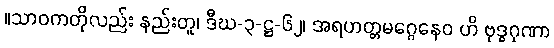
။သာဝကတိုလည်း နည်းတူ၊ ဒီဃ-၃-ဋ္ဌ-၆၂၊ အရဟတ္တမဂ္ဂေနေဝ ဟိ ဗုဒ္ဓဂုဏာ